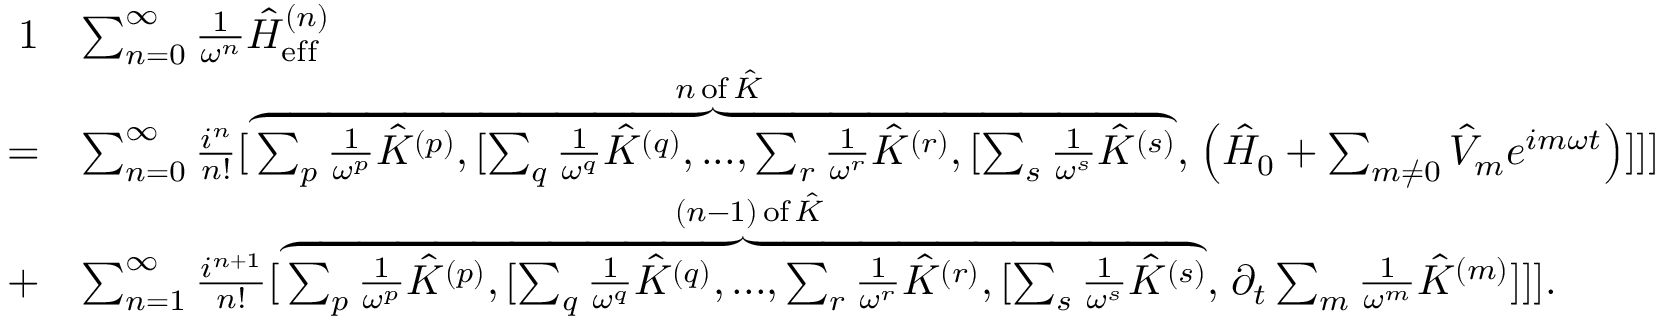
\begin{array} { r l } { { 1 } } & { \sum _ { n = 0 } ^ { \infty } \frac { 1 } { \omega ^ { n } } \hat { H } _ { \mathrm { e f f } } ^ { ( n ) } } \\ { = } & { \sum _ { n = 0 } ^ { \infty } \frac { i ^ { n } } { n ! } [ \stackrel { n \, \mathrm { o f } \, \hat { K } } { \overbrace { \sum _ { p } \frac { 1 } { \omega ^ { p } } \hat { K } ^ { ( p ) } , [ \sum _ { q } \frac { 1 } { \omega ^ { q } } \hat { K } ^ { ( q ) } , . . . , \sum _ { r } \frac { 1 } { \omega ^ { r } } \hat { K } ^ { ( r ) } , [ \sum _ { s } \frac { 1 } { \omega ^ { s } } \hat { K } ^ { ( s ) } } , } \left( \hat { H } _ { 0 } + \sum _ { m \neq 0 } \hat { V } _ { m } e ^ { i m \omega t } \right) ] ] ] } \\ { + } & { \sum _ { n = 1 } ^ { \infty } \frac { i ^ { n + 1 } } { n ! } [ \stackrel { ( n - 1 ) \, \mathrm { o f } \, \hat { K } } { \overbrace { \sum _ { p } \frac { 1 } { \omega ^ { p } } \hat { K } ^ { ( p ) } , [ \sum _ { q } \frac { 1 } { \omega ^ { q } } \hat { K } ^ { ( q ) } , . . . , \sum _ { r } \frac { 1 } { \omega ^ { r } } \hat { K } ^ { ( r ) } , [ \sum _ { s } \frac { 1 } { \omega ^ { s } } \hat { K } ^ { ( s ) } } , } \partial _ { t } \sum _ { m } \frac { 1 } { \omega ^ { m } } \hat { K } ^ { ( m ) } ] ] ] . } \end{array}